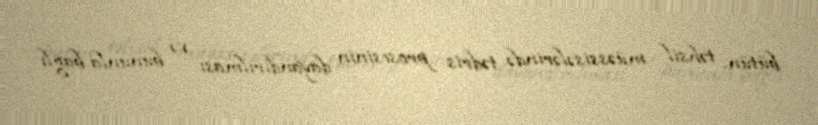
bütün təhsil müəssisələrində tədris prosesinin dayandırılması və bununla bağlı